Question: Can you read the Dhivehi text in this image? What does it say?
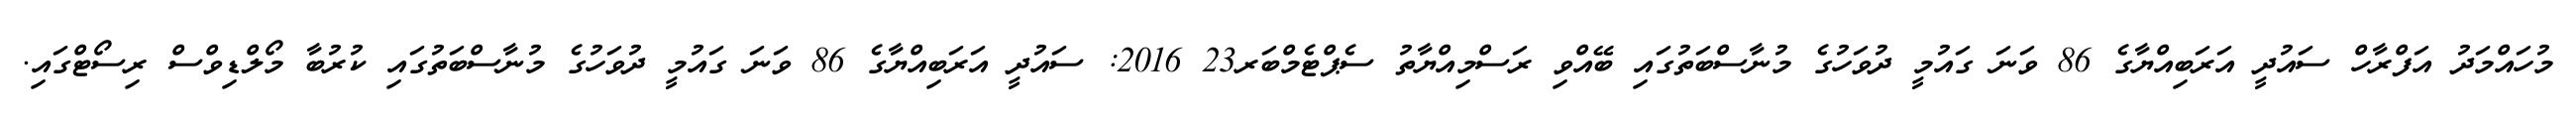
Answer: މުހައްމަދު އަފްރާހް ސައުދީ އަރަބިއްޔާގެ 86 ވަނަ ގައުމީ ދުވަހުގެ މުނާސްބަތުގައި ބޭއްވި ރަސްމިއްޔާތު ސެޕްޓެމްބަރ23 2016: ސައުދީ އަރަބިއްޔާގެ 86 ވަނަ ގައުމީ ދުވަހުގެ މުނާސްބަތުގައި ކުރުބާ މޯލްޑިވްސް ރިސޯޓްގައި.